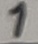
Text: 1